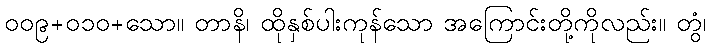
၀၀၉+၀၁၀+သော။ တာနိ၊ ထိုနှစ်ပါးကုန်သော အကြောင်းတို့ကိုလည်း။ တွံ၊